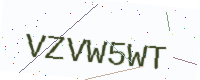
Text: VZVW5WT